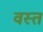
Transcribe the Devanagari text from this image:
वस्त